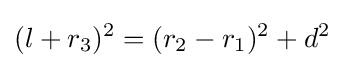
(l+r_{3})^{2}=(r_{2}-r_{1})^{2}+d^{2}